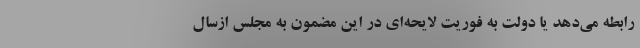
رابطه می‌دهد یا دولت به فوریت لایحه‌ای در این مضمون به مجلس ازسال